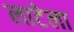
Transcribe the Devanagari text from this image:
लाटेला